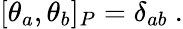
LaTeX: [\theta_{a},\theta_{b}]_{P}=\delta_{ab}\ .